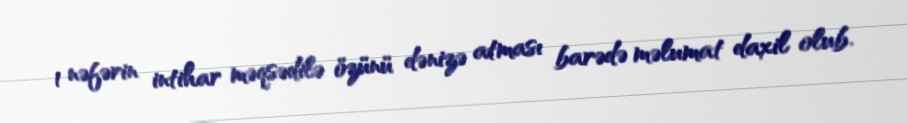
1 nəfərin intihar məqsədilə özünü dənizə atması barədə məlumat daxil olub.